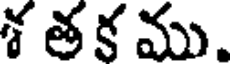
శ త క ము.